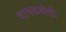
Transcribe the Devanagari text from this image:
भावकवीही